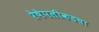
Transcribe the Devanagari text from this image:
रेषेपलीकडचा